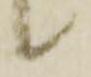
候